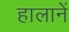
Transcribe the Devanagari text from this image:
हालानें